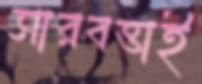
সারবত্তাই